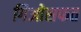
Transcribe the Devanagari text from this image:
गिओसफत